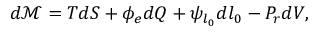
d \mathcal { M } = T d S + \phi _ { e } d Q + \psi _ { l _ { 0 } } d l _ { 0 } - P _ { r } d V ,